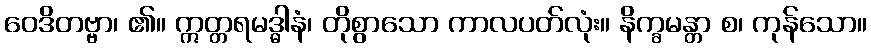
ဝေဒိတဗ္ဗာ၊ ၏။ ဣတ္တရမဒ္ဓါနံ၊ တိုစွာသော ကာလပတ်လုံး။ နိက္ခမန္တာ စ၊ ကုန်သော။